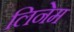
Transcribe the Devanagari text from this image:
लिनेम